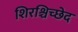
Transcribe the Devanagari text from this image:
शिरश्चिच्छेद